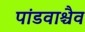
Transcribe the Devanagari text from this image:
पांडवाश्चैव